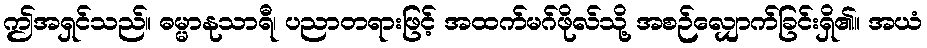
ဤအရှင်သည်။ ဓမ္မာနုသာရီ၊ ပညာတရားဖြင့် အထက်မဂ်ဖိုလ်သို့ အစဉ်လျှောက်ခြင်းရှိ၏။ အယံ